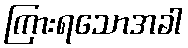
ကြားရသောအခါ